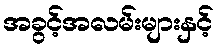
အခွင့်အလမ်းများနှင့်